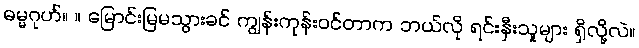
ဓမ္မဂုဟ်။ ။ မြောင်းမြမသွားခင် ကျွန်းကုန်းဝင်တာက ဘယ်လို ရင်းနှီးသူများ ရှိလို့လဲ။